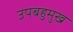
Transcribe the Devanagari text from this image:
उपबहुमुख